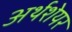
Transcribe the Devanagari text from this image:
अर्थशेयर